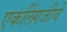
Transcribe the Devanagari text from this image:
एकलिंगजीचे